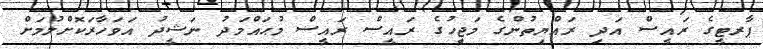
ޕާރޓީގެ ރައީސް އަދި ރައްޔިތުންގެ މަޖިީހުގެ ރައީސް ރައީސް މުޙައްމަދު ނަޝީދު އަވަހާރަކޮށްލުމަށް